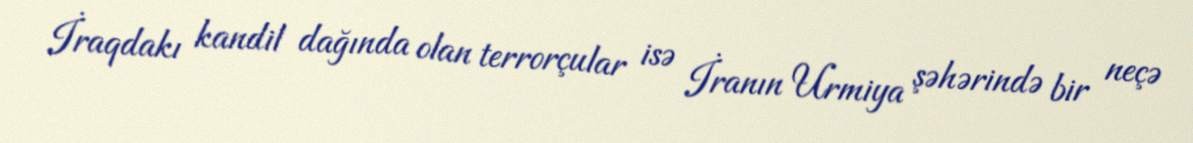
İraqdakı kandil dağında olan terrorçular isə İranın Urmiya şəhərində bir neçə